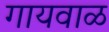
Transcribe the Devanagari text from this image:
गायवाळ